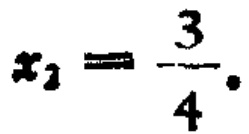
$x_{1}=-\frac{3}{4}$